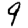
Digit: 9